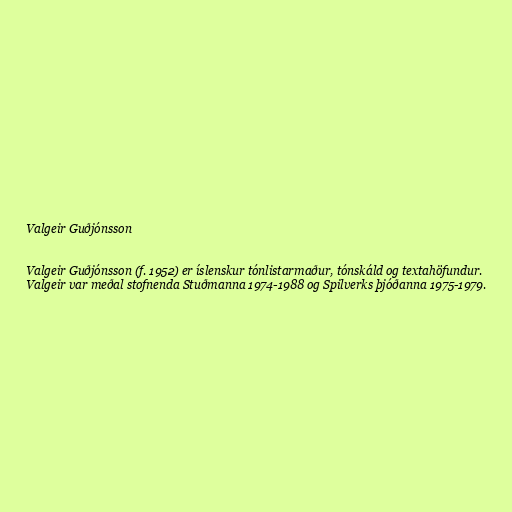
Valgeir Guðjónsson

Valgeir Guðjónsson (f. 1952) er íslenskur tónlistarmaður, tónskáld og textahöfundur.
Valgeir var meðal stofnenda Stuðmanna 1974-1988 og Spilverks þjóðanna 1975-1979.